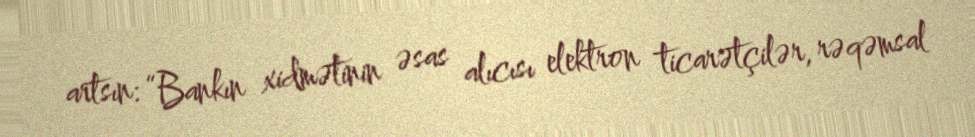
artsın: “Bankın xidmətinin əsas alıcısı elektron ticarətçilər, rəqəmsal